Investigations into the jail dietaries of the United Provinces with some observations on the influence of dietary on the physical development and well-being of the people of the United Provinces - Number 48
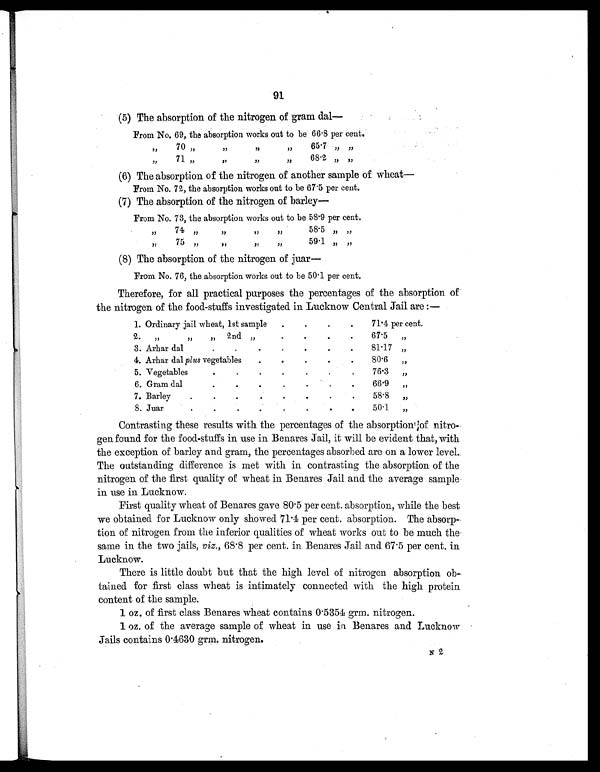
91
(5) The absorption of the nitrogen of gram dal—
From No. 69, the absorption works out to be 66.8 per cent.
„
70 „
„
„
„
65.7 „ „
„ 71 „
„
„
„
68.2 „ „
(6) The absorption of the nitrogen of another sample of wheat—
From No. 72, the absorption works out to be 67.5 per cent.
(7) The absorption of the nitrogen of barley—
From No. 73, the absorption works out to be 58.9 per cent.
„ 74 „
„
„
„
58.5 „ „
„ 75 „
„
„
„
59.1 „ „
(8) The absorption of the nitrogen of juar
—
From No. 76, the absorption works out to be 50.1 per cent.
Therefore, for all practical purposes the percentages of the absorption of
the nitrogen of the food-stuffs investigated in Lucknow Central Jail are:—
1. Ordinary jail wheat, 1st sample .
.
.
.
71.4 per cent.
2. „ „ „ 2nd „
.
.
.
. 67.5
„
3. Arhar dal
.
.
. .
.
.
. 81.17 „
4. Arhar dal plus vegetables
.
.
. .
.
80.6
„
5. Vegetables
.
.
.
.
.
.
. 76.3 „
6. Gram dal
.
.
.
.
.
.
.
66.9 „
7. Barley
. .
. .
.
.
.
.
58.8 „
8. Juar
.
.
.
.
.
.
.
.
50.1 „
Contrasting these results with the percentages of the absorption of nitro-
gen found for the food-stuffs in use in Benares Jail, it will be evident that, with
the exception of barley and gram, the percentages absorbed are on a lower level.
The outstanding difference is met with in contrasting the absorption of the
nitrogen of the first quality of wheat in Benares Jail and the average sample
in use in Lucknow.
First quality wheat of Benares gave 80.5 per cent. absorption, while the best
we obtained for Lucknow only showed 71.4 per cent. absorption. The absorp-
tion of nitrogen from the inferior qualities of wheat works out to be much the
same in the two jails, viz., 68.8 per cent. in Benares Jail and 67.5 per cent. in
Lucknow.
There is little doubt but that the high level of nitrogen absorption ob-
tained for first class wheat is intimately connected with the high protein
content of the sample.
1 oz. of first class Benares wheat contains 0.5354 grm. nitrogen.
1 oz. of the average sample of wheat in use in Benares and Lucknow
Jails contains 0.4630 grm. nitrogen.
N 2